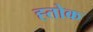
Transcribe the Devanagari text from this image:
ह्तोक